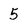
Character: 5